Leaving Certificate Examination (including Day School Certificate (Higher) General paper), 1927
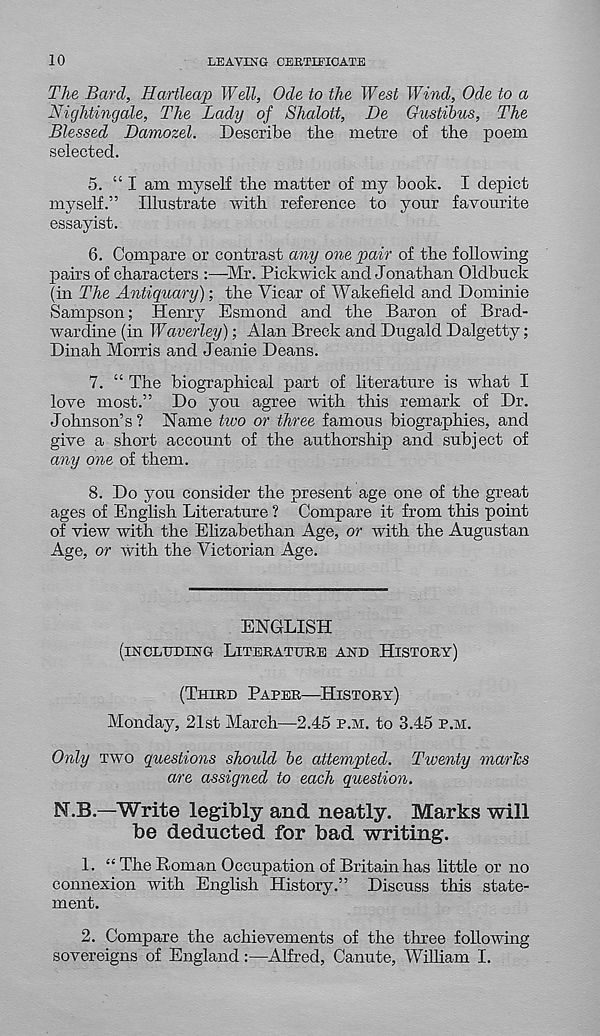
10
LEAVING CERTIFICATE
The Bard, Hartleap Well, Ode to the West Wind, Ode to a
Nightingale, The Lady of Shalott, De Gustibus, The
Blessed Damozel. Describe the metre of the poem
selected.
5. “I am myself the matter of my book. I depict
myself.” Illustrate with reference to your favourite
essayist.
6. Compare or contrast any one pair of the following
pairs of characters :—Mr. Pickwick and Jonathan Oldbuck
(in The Antiquary); the Vicar of Wakefield and Dominie
Sampson; Henry Esmond and the Baron of Brad-
war dine (in Waverley); Alan Breck and Dugald Dalgetty;
Dinah Morris and Jeanie Deans.
7. “ The biographical part of literature is what I
love most.” Do you agree with this remark of Dr.
Johnson’s? Name two or three famous biographies, and
give a short account of the authorship and subject of
any one of them.
8. Do you consider the present age one of the great
ages of English Literature ? Compare it from this point
of view with the Elizabethan Age, or with the Augustan
Age, or with the Victorian Age.
ENGLISH
(INCLUDING LITERATURE AND HISTORY)
(THIRD PAPER—HISTORY)
Monday, 21st March—2.45 P.M. to 3.45 P.M.
Only TWO questions should be attempted. Twenty marks
are assigned to each question.
N.B.—Write legibly and neatly. Marks will
be deducted for bad writing.
1. “ The Roman Occupation of Britain has little or no
connexion with English History.” Discuss this state-
ment.
2. Compare the achievements of the three following
sovereigns of England:—Alfred, Canute, William I.